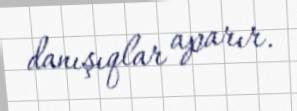
danışıqlar aparır.